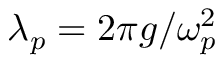
\lambda _ { p } = 2 \pi g / \omega _ { p } ^ { 2 }